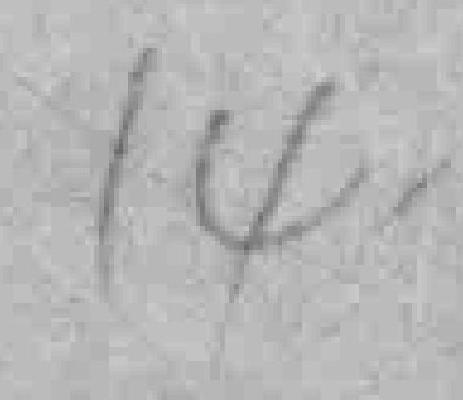
14